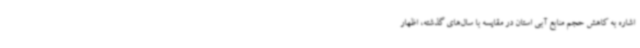
اشاره به کاهش حجم منابع آبی استان در مقایسه با سال‌های گذشته، اظهار